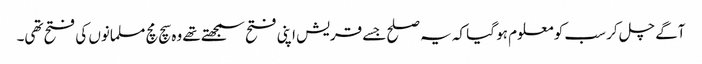
آگے چل کر سب کو معلوم ہو گیا کہ یہ صلح جسے قریش اپنی فتح سمجھتے تھے وہ سچ مچ مسلمانوں کی فتح تھی۔